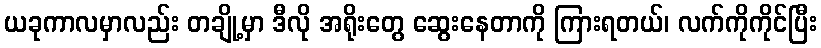
ယခုကာလမှာလည်း တချို့မှာ ဒီလို အရိုးတွေ ဆွေးနေတာကို ကြားရတယ်၊ လက်ကိုကိုင်ပြီး